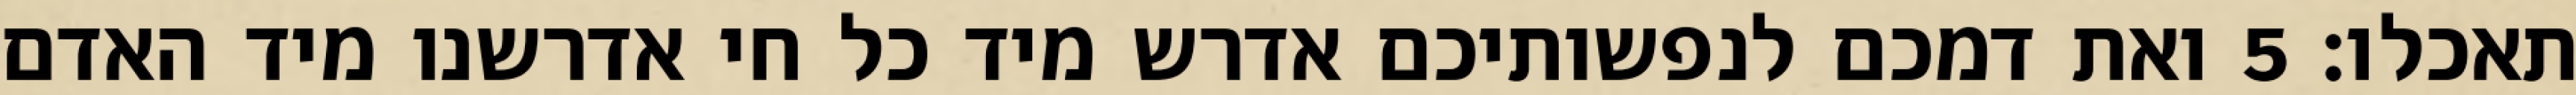
תאכלו׃ ‎5‏ ואת דמכם לנפשותיכם אדרש מיד כל חי אדרשנו מיד האדם